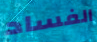
الفساد